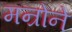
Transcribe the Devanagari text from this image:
मन्रोने